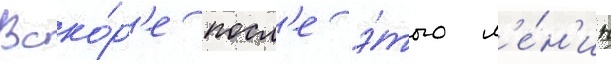
Вско́р'е посл'е э́того л'е́н'ин